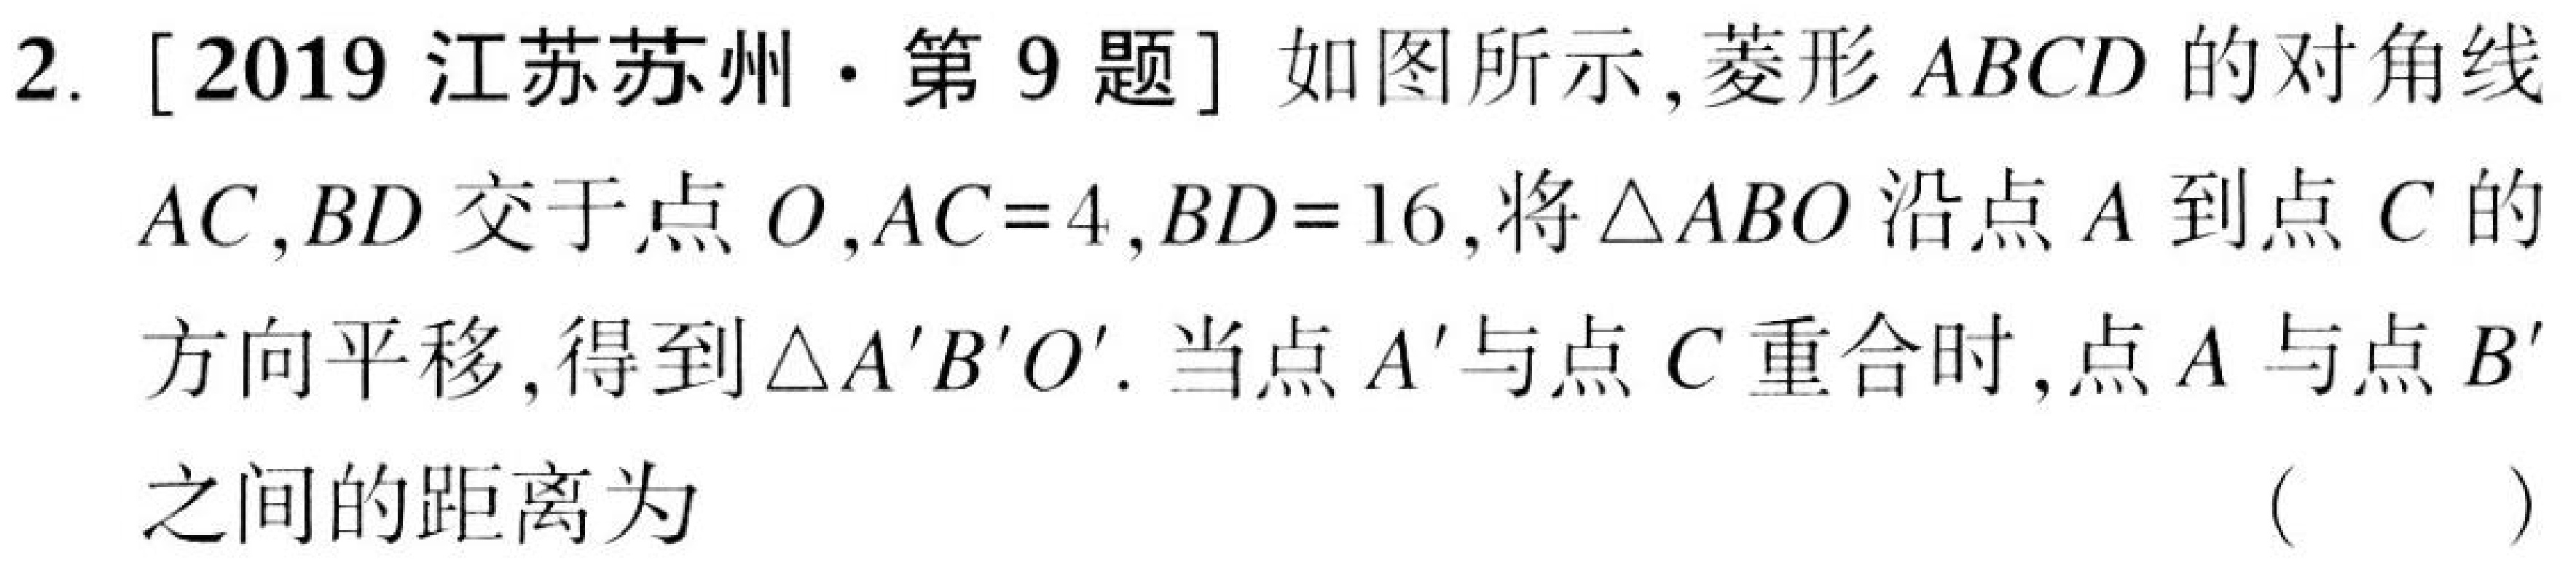
2. [2019江苏苏州·第9题] 如图所示，菱形\(ABCD\)的对角线
\(AC,BD\)交于点\(O\)，\(AC = 4\)，\(BD = 16\)，将\(\triangle ABO\)沿点\(A\)到点\(C\)的
方向平移，得到\(\triangle A'B'O'\). 当点\(A'\)与点\(C\)重合时，点\(A\)与点\(B'\)
之间的距离为 （  ）